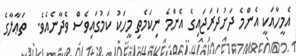
އެމީހާއަކީ އެންމެ ދަށުދަރަޖައިގެ އެންމެ ނިކަމެތި މީހަކު ކަމުގައިވެސް ވެދާނެއެވެ.  ތަޢާލާގެ